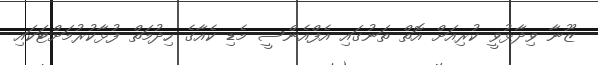
ޒޫނާ ވިދާޅުވީ ކުރިއަށް އޮތް ތަނުގައި އެފްއެންސީ މެޑި ކެއާގެ ހިދުމަތް ފުޅާކުރުމަށްޓަކައި